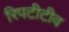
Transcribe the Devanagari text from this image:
रिपटीटीव